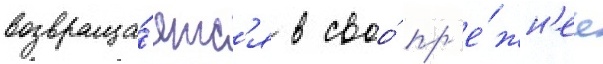
возвраща́етс'я в своо́ пр'е́жн'ее